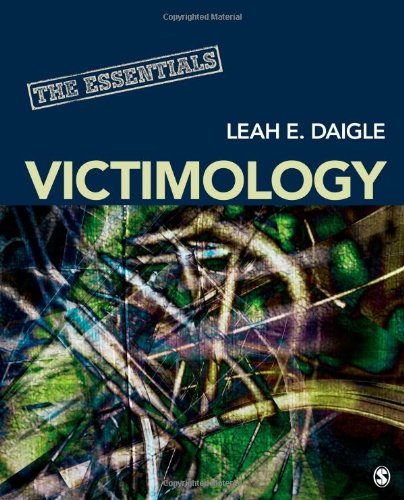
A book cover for Victimology: The Essentials; Leah E. (Elizabeth) Daigle; Politics & Social Sciences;